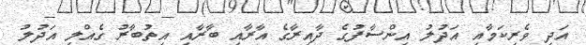
އަދި ވެރިކަމާއި އަދުލު އިންސާފުގެ ދާއިރާގެ އާރާއި ބާރާއި އިތުބާރު ގެއްލި އަދުލު